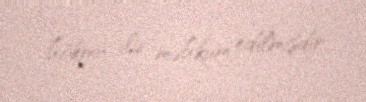
hökmü ilə məhkum edilmişdir.